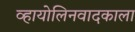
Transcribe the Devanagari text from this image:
व्हायोलिनवादकाला